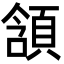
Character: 頷